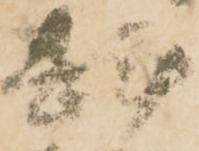
斟